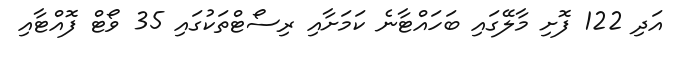
އަދި 122 ފޮށި މާލޭގައި ބަހައްޓާނެ ކަމަށާއި ރިސޯޓްތަކުގައި 35 ވޯޓް ފޮއްޓާއި